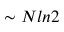
\sim N l n 2